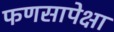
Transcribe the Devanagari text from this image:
फणसापेक्षा